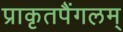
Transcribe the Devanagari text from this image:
प्राकृतपैंगलम्